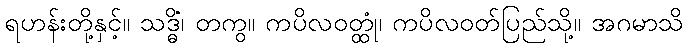
ရဟန်းတို့နှင့်။ သဒ္ဓိံ၊ တကွ။ ကပိလဝတ္ထုံ၊ ကပိလဝတ်ပြည်သို့။ အဂမာသိ